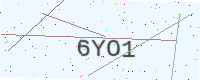
Text: 6YO1